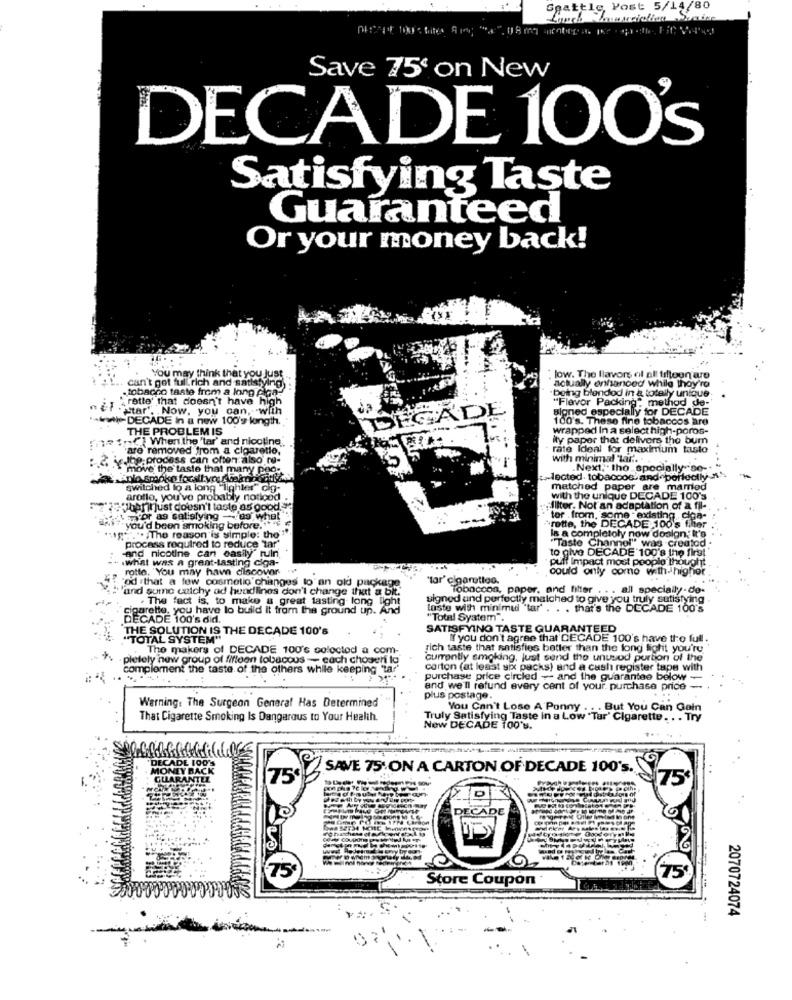
Seattle, Post 5/14/80
Save 75' on New
DECADE 100's
Satisfying Taste
Guaranteed
Or your money back!
You may think that you Just
low. The flavors of al tritogn are
can't get ful.rich and satisfying,
actually enhanced while they'ro
tobacco taste from a long Alga-
being blendod in & totally unique
"Flavor Packing" method de-
rette' that doesn't have high
"star". . Now, you can, with
signed especially for DECADE
-DECADE in a new 100'9 longth.
DEGAL
100's. These fine tobaccos are
THE PROBLEM IS
wrapped In a select high-poros-
meindt When the "tar' and nicotine.
ity paper that delivers the bum
'are removed from a cigaretio,
rate Ideal for maximum tasto
se Jne prodess can often also re-
with minimal "tar ...
move the taste that many poo-
.Next. . tho _specially-se --
Jected tobacoos and perfectly ss
switched lo a long "lighter" Cio-
matched paper are married
arollo, you've probably notiond
with the unique DECADE 100's
vbeninjust doesn't taste as good"
"Allter, Not an adaptation of a fil-
Tror as salislying - 8s what
tor .from, some . existing
" you'd been smoking before. "* "
rette, the DECADE 100's tiher
Is a completoly now dosign; It's
"."The reason is Simple: the"
"Taste Channel" was created .
-and nicotine can easily" ruin
process required to reduce tar"
to give DECADE 100's the first
.what was a great-lasting ciga-
puff Impact most people Thought
rotte. You may have discover
could only come with-highor
od that a few cosmetic changes to an old package
"tar' cigarution.
und sumo catchy ad headlines don't change that a bit.
Tobaccon, paper, and filter . . . all specially - de-
. The fact is, to make a great tasting long light
signed and perfectly malched to give you truly sutistyir
cigarette, you have to build it from the ground up. And
loste with minimed 'lar' . . . that's the DECADE 100's
DECADE 100's did.
"Total System".
THE SOLUTION IS THE DECADE 100's
SATISFYING TASTE GUARANTEED
TOTAL SYSTEM"
If you don't agree that'DECADE 100's have the full
The makers of DECADE 100's coloctod a com-
rich taste that satisfies better than the long light you're
pletely new group of fileon tobacous -- cach chosen to"
currently smoking, just send the unused portion of the
complement the taste of the others while keeping "ta?'
carton (at least six packs) and a cash register tape with
purchase price circled -- and the guarantee below -
and we'll refund every cent of your. purchase price -
plus postage.
Warning: The Surgeon General Has Determined
You Can't Lose A Ponny . . . But You Can Gain
That Cigarette Smoking Is Dangerous to Your Health.
Truly Satisfying Taste in a Low "Tar' Cigarette. . . Try
New DECADE 100's.
SAVE 75'ON A CARTON OF DECADE 100's.
75
75€
DECADE
Store Coupon
2070724074